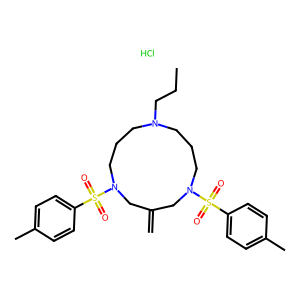
SMILES: C=C1CN(S(=O)(=O)c2ccc(C)cc2)CCCN(CCC)CCCN(S(=O)(=O)c2ccc(C)cc2)C1.Cl
Inhibits HIV replication: No